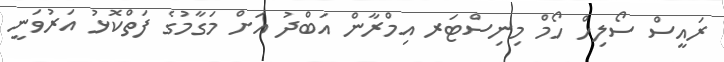
ރައީސް ސޯލިހް ހޯމް މިނިސްޓަރ އިމްރާން އަބްދު އަށް މަގާމުގެ ފަތްކޮޅު އަރުވަނީ